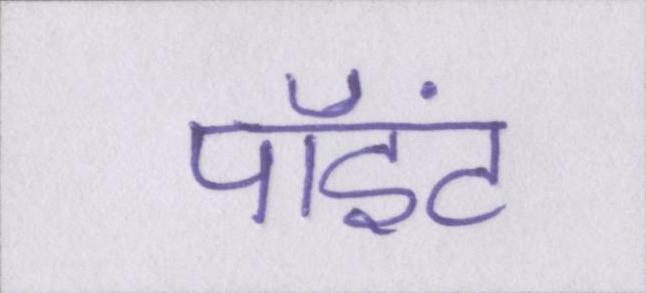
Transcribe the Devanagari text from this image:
पॉइंट